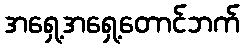
အရှေ့အရှေ့တောင်ဘက်